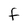
Character: F